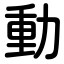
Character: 動